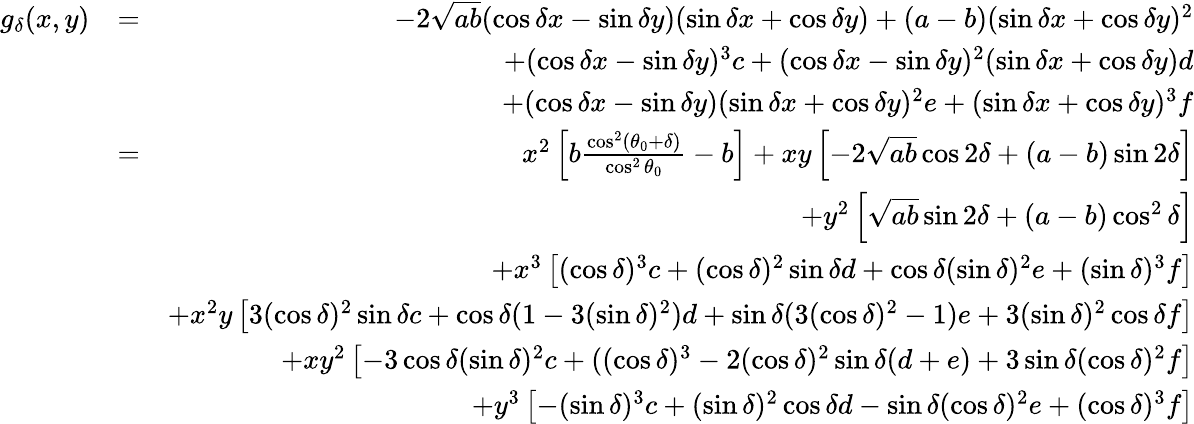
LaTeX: \begin{array}{rlr}{g_{\delta}(x,y)}&{=}&{-2\sqrt{ab}(\cos\delta x-\sin\delta y)(\sin\delta x+\cos\delta y)+(a-b)(\sin\delta x+\cos\delta y)^{2}}\\ &{}&{+(\cos\delta x-\sin\delta y)^{3}c+(\cos\delta x-\sin\delta y)^{2}(\sin\delta x+\cos\delta y)d}\\ &{}&{+(\cos\delta x-\sin\delta y)(\sin\delta x+\cos\delta y)^{2}e+(\sin\delta x+\cos\delta y)^{3}f}\\ &{=}&{x^{2}\left[b\frac{\cos^{2}(\theta_{0}+\delta)}{\cos^{2}\theta_{0}}-b\right]+xy\left[-2\sqrt{ab}\cos 2\delta+(a-b)\sin 2\delta\right]}\\ &{}&{+y^{2}\left[\sqrt{ab}\sin 2\delta+(a-b)\cos^{2}\delta\right]}\\ &{}&{+x^{3}\left[(\cos\delta)^{3}c+(\cos\delta)^{2}\sin\delta d+\cos\delta(\sin\delta)^{2}e+(\sin\delta)^{3}f\right]}\\ &{}&{+x^{2}y\left[3(\cos\delta)^{2}\sin\delta c+\cos\delta(1-3(\sin\delta)^{2})d+\sin\delta(3(\cos\delta)^{2}-1)e+3(\sin\delta)^{2}\cos\delta f\right]}\\ &{}&{+xy^{2}\left[-3\cos\delta(\sin\delta)^{2}c+((\cos\delta)^{3}-2(\cos\delta)^{2}\sin\delta(d+e)+3\sin\delta(\cos\delta)^{2}f\right]}\\ &{}&{+y^{3}\left[-(\sin\delta)^{3}c+(\sin\delta)^{2}\cos\delta d-\sin\delta(\cos\delta)^{2}e+(\cos\delta)^{3}f\right]}\end{array}